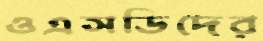
ওএসডিদের